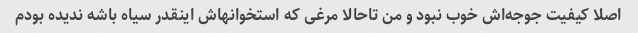
اصلا کیفیت جوجه‌اش خوب نبود و من تاحالا مرغی که استخوانهاش اینقدر سیاه باشه ندیده بودم